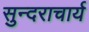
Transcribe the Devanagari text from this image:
सुन्दराचार्य